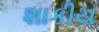
શાકીય